Civil Veterinary Dept. Bombay admin report 1932-41 - 1932-1941
Year: 1932
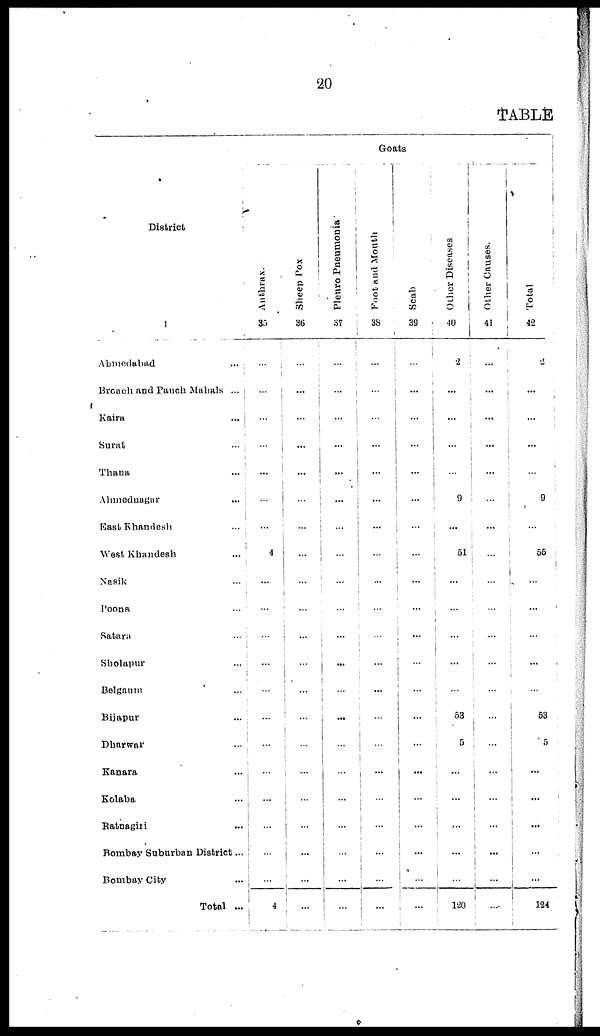
20
TABLE
District
1
Ahmedabad ...
Breach and Panch Mahals ...
Kaira ...
Surat ...
Thana ...
Ahmednagar ...
East Khandesh ...
West Khandesh ...
Nasik ...
Poona ...
Satara ...
Sholapur ...
Belgaum ...
Bijapur ...
Dharwar ...
Kanara ...
Kolaba ...
Ratnagiri ...
Bombay Suburban District ...
Bombay City ...
Total ...
Goats
Anthrax.
35
...
...
...
...
...
...
...
4
...
...
...
...
...
...
...
...
...
...
...
...
4
Sheep Pox
36
...
...
...
...
...
...
...
...
...
...
...
...
...
...
...
...
...
...
...
...
...
Pleuro Pneumonia
37
...
...
...
...
...
...
...
...
...
...
...
...
...
...
...
...
...
...
...
...
...
Foot and Mouth
38
...
...
...
...
...
...
...
...
...
...
...
...
...
...
...
...
...
...
...
...
...
Scab
39
...
...
...
...
...
...
...
...
...
...
...
...
...
...
...
...
...
...
...
...
...
Other Diseases
40
2
...
...
...
...
9
...
51
...
...
...
...
...
53
5
...
...
...
...
...
120
Other Causes.
41
...
...
...
...
...
...
...
...
...
...
...
...
...
...
...
...
...
...
...
...
...
Total
42
...
...
...
...
...
9
...
55
...
...
...
...
...
53
5
...
...
...
...
...
124